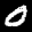
Label: 0